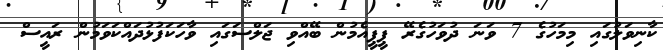
ކާނިވަލުގައި މިމަހުގެ 7 ވަނަ ދުވަހުގެރޭ ޕީޕީއެމުން ބޭއްވި ޖަލްސަގައި ވާހަކަފުޅުދައްކަވަމުން ރައީސް